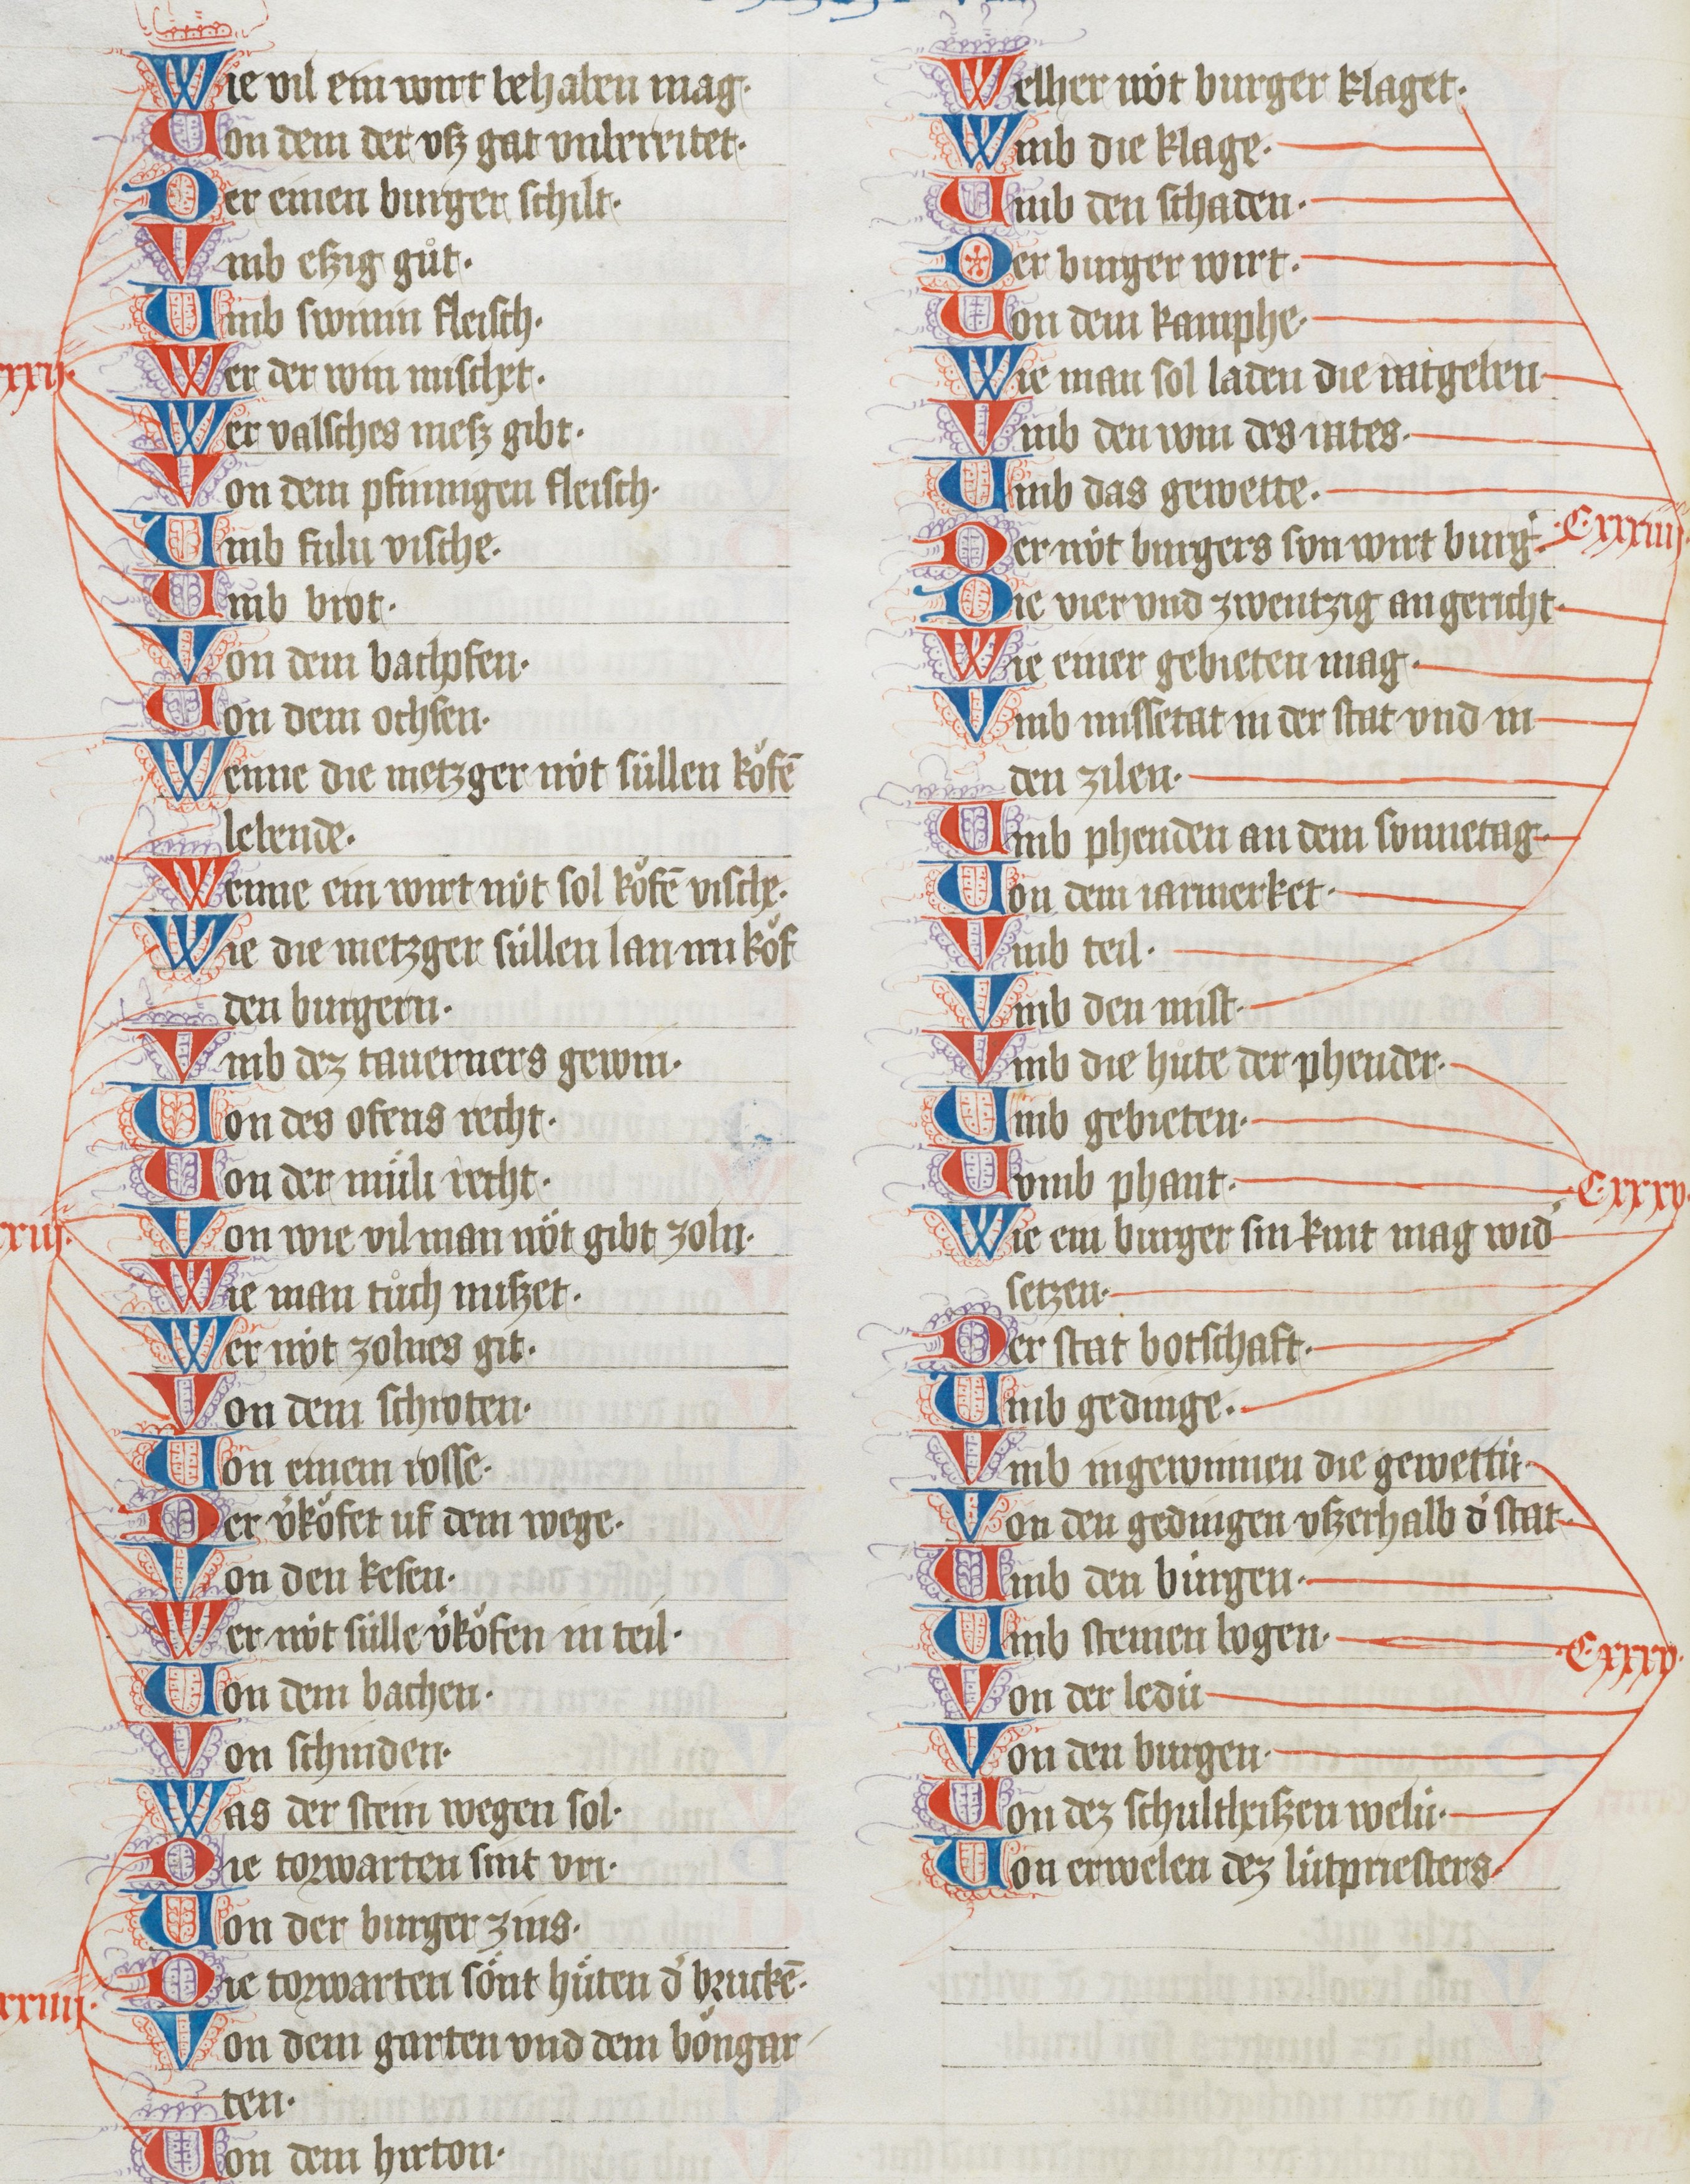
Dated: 1410–1410